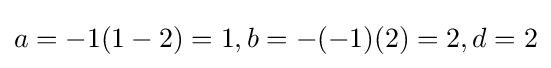
a=-1(1-2)=1,b=-(-1)(2)=2,d=2